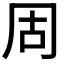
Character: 𪞎